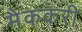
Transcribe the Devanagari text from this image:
मैककरी